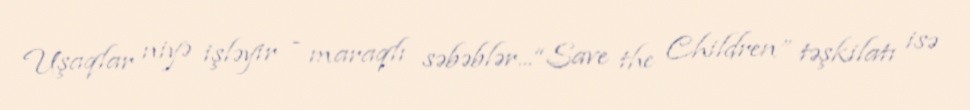
Uşaqlar niyə işləyir - maraqlı səbəblər... “Save the Children” təşkilatı isə